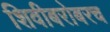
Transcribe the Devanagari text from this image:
शिवीबरोबरच